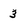
Character: 3